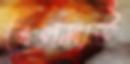
বেলমাউ